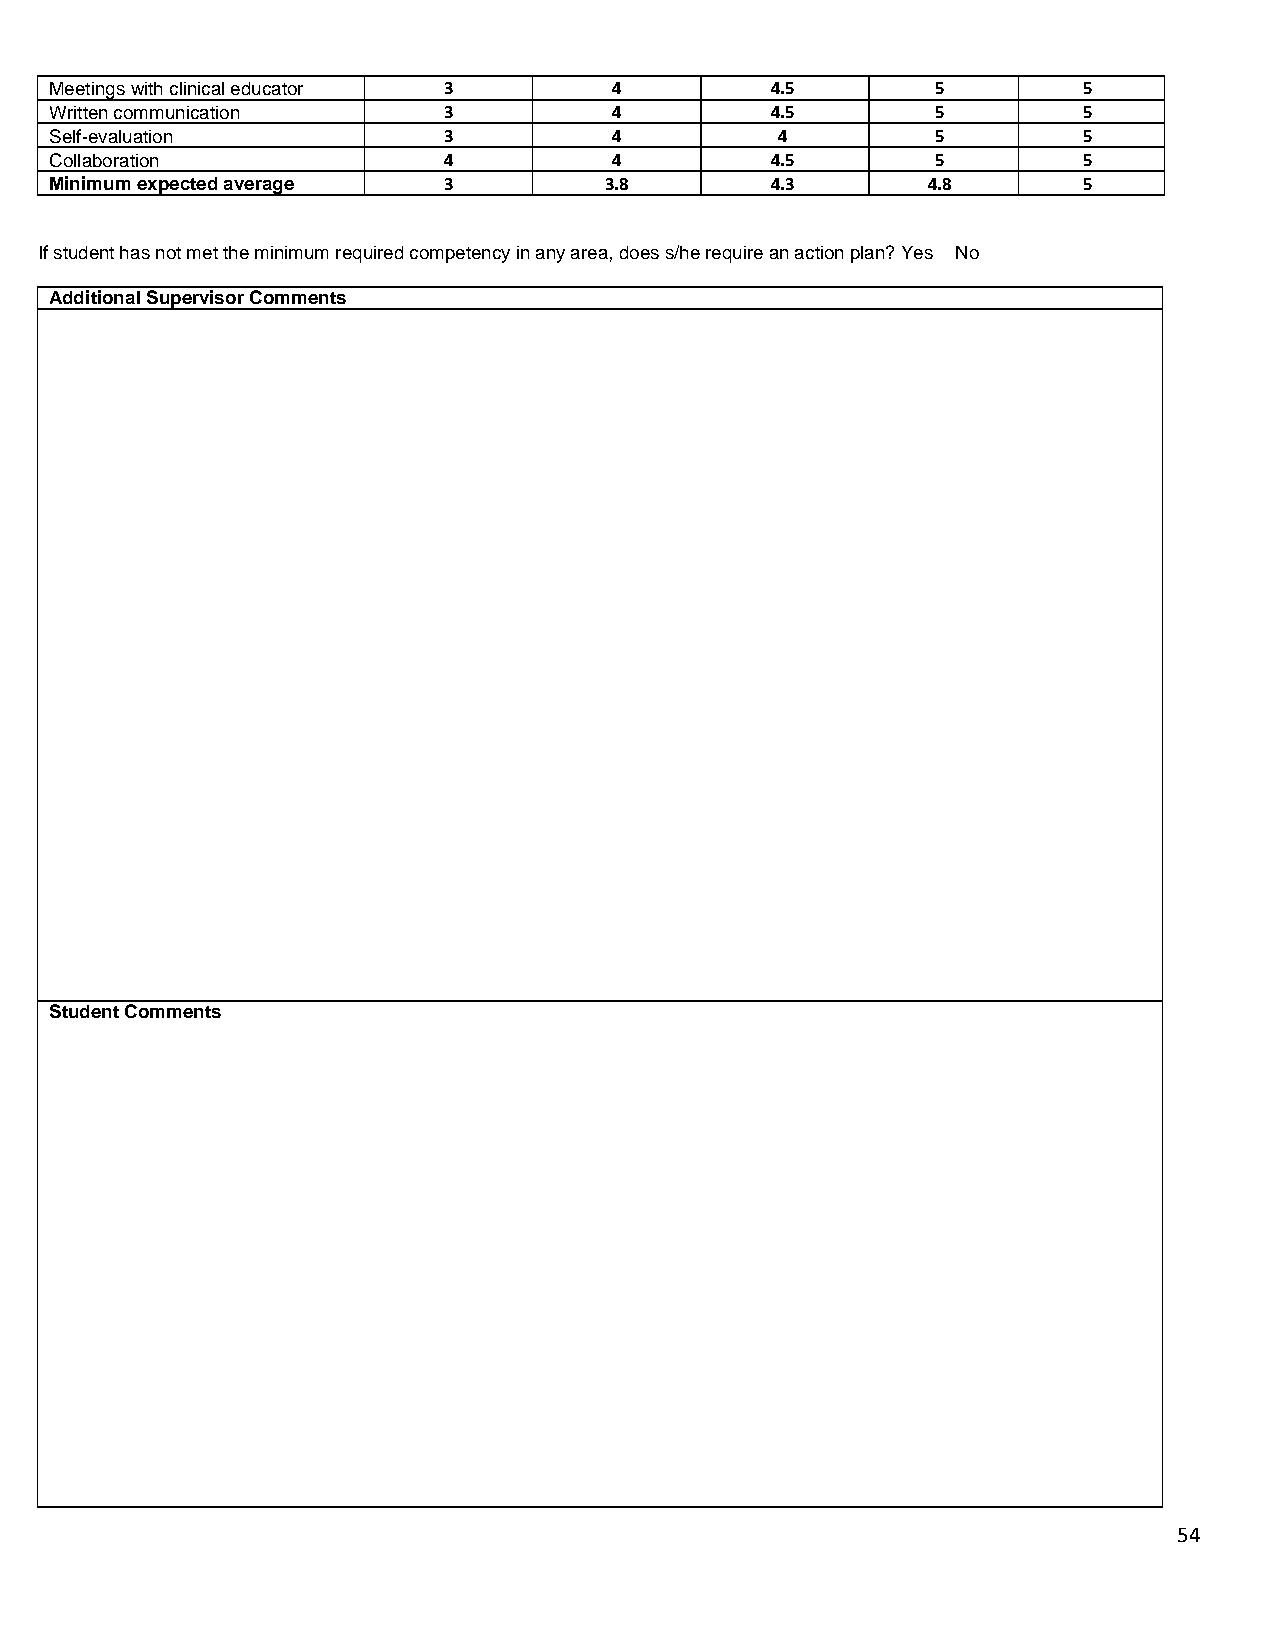
Meetings with clinical educator 3     4         4.5        5         5
 Written communication     3           4         4.5        5         5
 Self-evaluation           3           4          4         5         5
 Collaboration             4           4         4.5        5         5
 Minimum expected average  3          3.8        4.3       4.8        5
 If student has not met the minimum required competency in any area, does s/he require an action plan? Yes No
 Additional Supervisor Comments
 Student Comments
 54